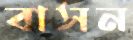
বাসন